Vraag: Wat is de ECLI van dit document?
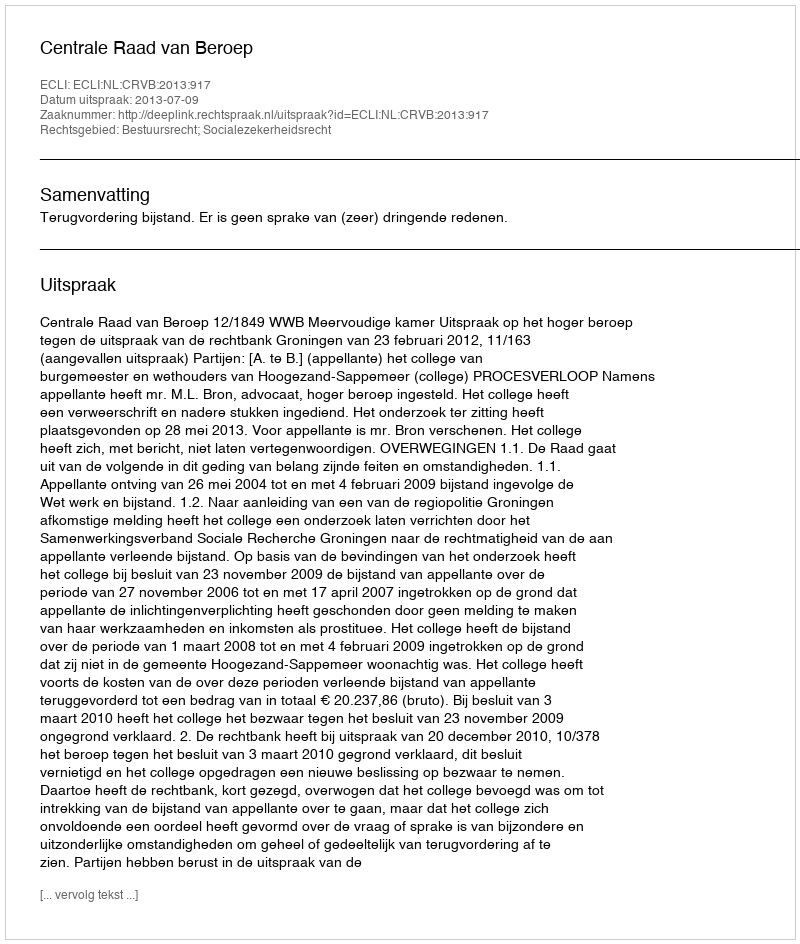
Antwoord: ECLI:NL:CRVB:2013:917